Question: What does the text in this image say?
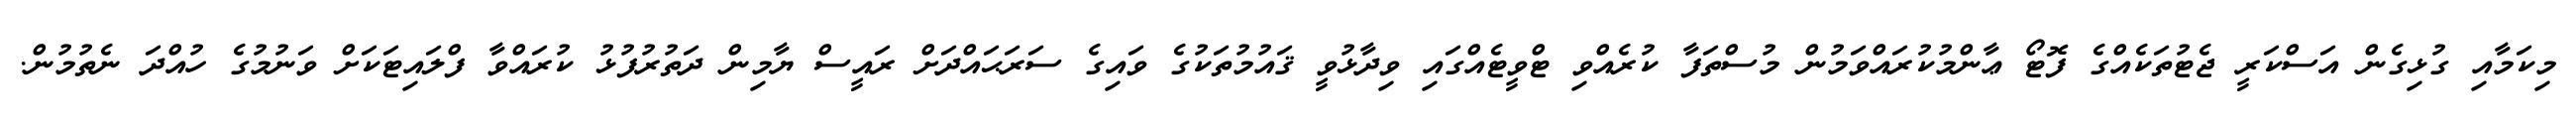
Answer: މިކަމާއި ގުޅިގެން އަސްކަރީ ޖެޓުތަކެއްގެ ފޮޓޯ ޢާންމުކުރައްވަމުން މުސްތަފާ ކުރެއްވި ޓްވީޓެއްގައި ވިދާޅުވީ ޤައުމުތަކުގެ ވައިގެ ސަރަޙައްދަށް ރައީސް ޔާމިން ދަތުރުފުޅު ކުރައްވާ ފްލައިޓަކަށް ވަނުމުގެ ހުއްދަ ނެތުމުން.